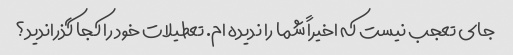
جای تعجب نیست که اخیراً شما را ندیده ام. تعطیلات خود را کجا گذراندید؟